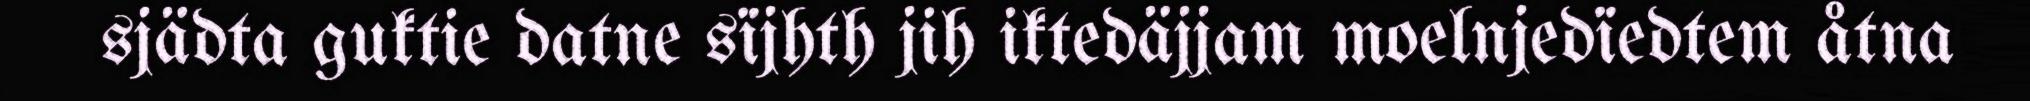
sjädta guktie datne sïjhth jih iktedäjjam moelnjedïedtem åtna